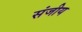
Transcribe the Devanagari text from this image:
संजीय